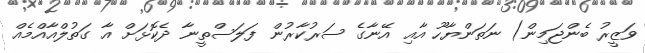
ވަޒީރު ބެންޖަމިން) ނަތަންޔާހޫ އާއި އޭނާގެ ސަރުކާރުން ފަލަސްތީނާ ދެކޮޅަށް އާ ގަތުލްއާއްމެއް